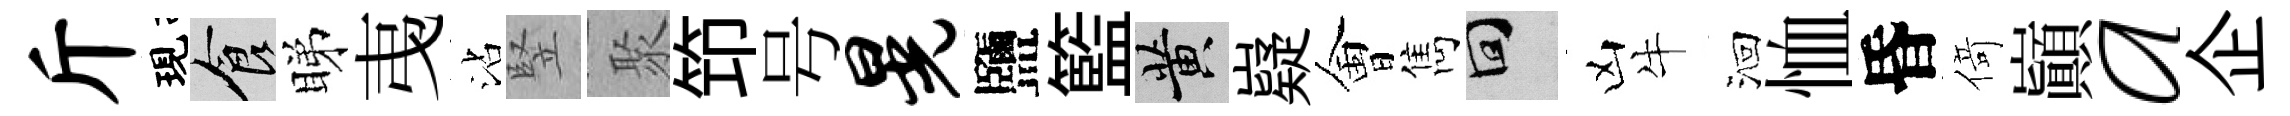
斤現食睇𢎯沾竪聚笻号晃鹽籃黄嶷㑹雋回凶牛洄恤昏𠋣巔a企